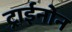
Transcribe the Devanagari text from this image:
ट्राईनोन